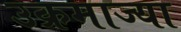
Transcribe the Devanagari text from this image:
उक्रमाज्या